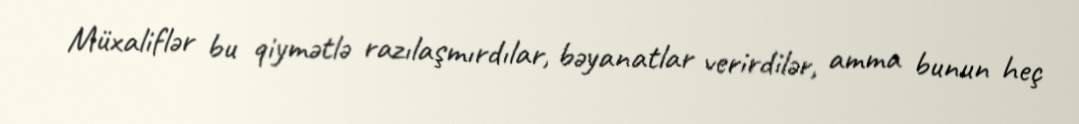
Müxaliflər bu qiymətlə razılaşmırdılar, bəyanatlar verirdilər, amma bunun heç